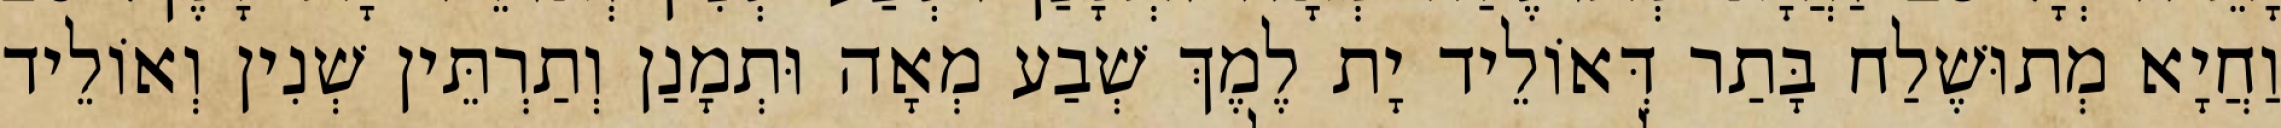
וַחֲיָא מְתוּשֶׁלַח בָּתַר דְּאוֹלֵיד יָת לֶמֶךְ שְׁבַע מְאָה וּתְמָנַן וְתַרְתֵּין שְׁנִין וְאוֹלֵיד